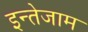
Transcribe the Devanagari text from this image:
इन्तेजाम